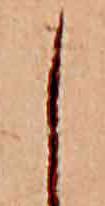
し